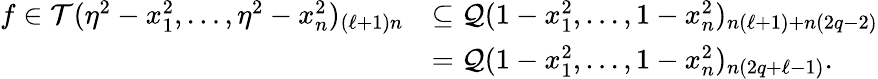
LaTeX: \begin{array}{rl}{f\in\mathcal{T}(\eta^{2}-x_{1}^{2},\ldots,\eta^{2}-x_{n}^{2})_{(\ell+1)n}}&{\subseteq\mathcal{Q}(1-x_{1}^{2},\ldots,1-x_{n}^{2})_{n(\ell+1)+n(2q-2)}}\\ &{=\mathcal{Q}(1-x_{1}^{2},\ldots,1-x_{n}^{2})_{n(2q+\ell-1)}.}\end{array}